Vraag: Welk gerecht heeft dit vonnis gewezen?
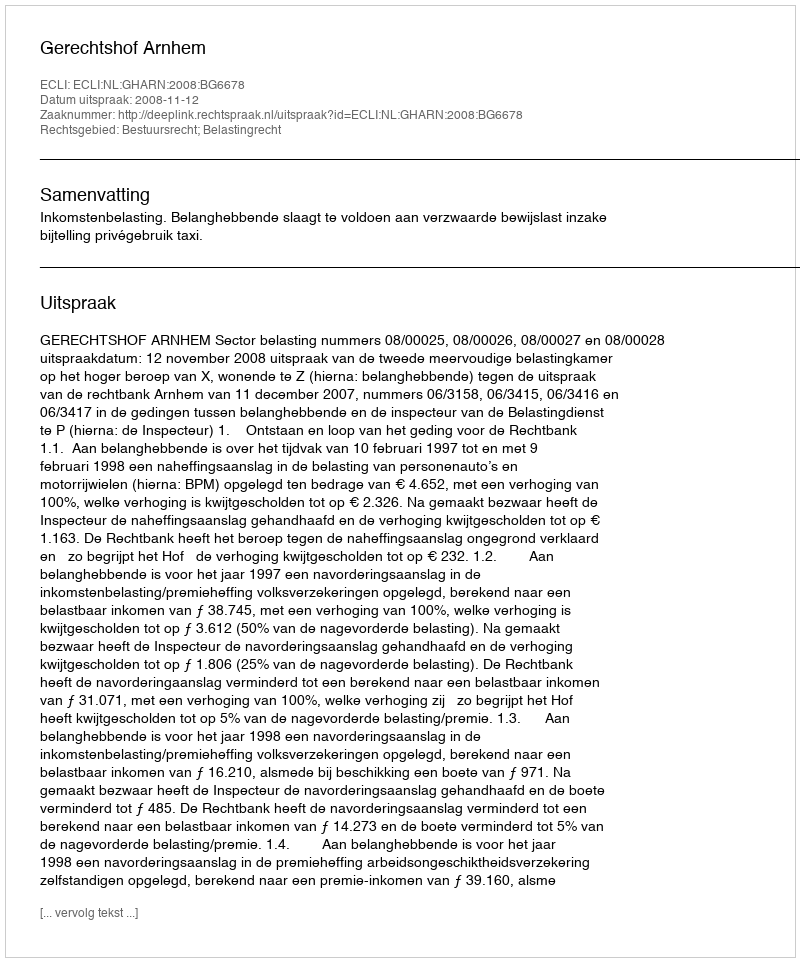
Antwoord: Gerechtshof Arnhem